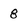
Character: 8